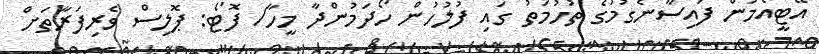
އޭޓީއެމުން ފައިސާނެގުމުގެ ތުހުމަތު ގައި ފުލުހުން ހޯދަމުންދާ މީހާ/ ފޮޓޯ: ޕޮލިސް ވެރިފަރާތަށް